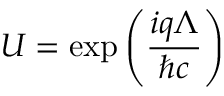
U = \exp \left( { \frac { i q \Lambda } { \hbar c } } \right)